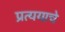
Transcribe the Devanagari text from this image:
प्रत्ययाचे